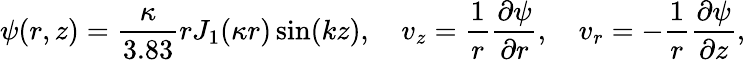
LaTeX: \psi(r,z)=\frac{\kappa}{3.83}rJ_{1}(\kappa r)\sin(kz),\quad v_{z}=\frac{1}{r}\frac{\partial\psi}{\partial r},\quad v_{r}=-\frac{1}{r}\frac{\partial\psi}{\partial z},